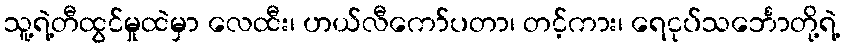
သူ့ရဲ့တီထွင်မှုထဲမှာ လေထီး၊ ဟယ်လီကော်ပတာ၊ တင့်ကား၊ ရေငုပ်သင်္ဘောတို့ရဲ့